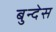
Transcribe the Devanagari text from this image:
बुन्देस